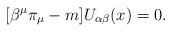
\begin{align*}\lbrack \beta ^{\mu }\pi _{\mu }-m]U_{\alpha \beta }(x)=0. \end{align*}